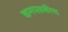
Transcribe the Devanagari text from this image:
कमपलकीस